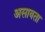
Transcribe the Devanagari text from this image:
असावता